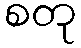
စတု